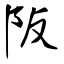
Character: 阪